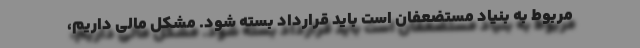
مربوط به بنیاد مستضعفان است باید قرارداد بسته شود. مشکل مالی داریم،